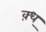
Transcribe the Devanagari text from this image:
क़्ध्